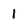
Character: 1